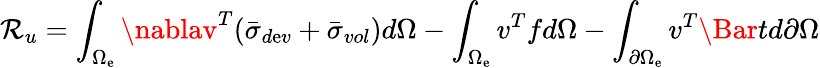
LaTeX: \mathcal{R}_{u}=\int_{\Omega_{\mathrm{e}}}\nablav^{T}{\left(\bar{{\sigma}}_{d\mathrm{e}v}+\bar{{\sigma}}_{vol}\right)}d\Omega-\int_{\Omega_{\mathrm{e}}}v^{T}fd\Omega-\int_{\partial\Omega_{\mathrm{e}}}v^{T}\Bar{t}d\partial\Omega